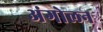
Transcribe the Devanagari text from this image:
अंगोलन